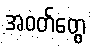
အဝတ်တွေ